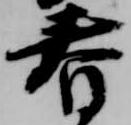
春